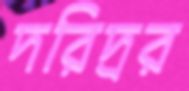
দরিদ্রর